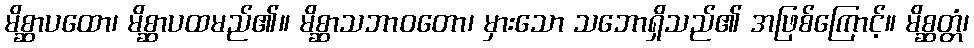
မိစ္ဆာပထော၊ မိစ္ဆာပထမည်၏။ မိစ္ဆာသဘာဝတော၊ မှားသော သဘောရှိသည်၏ အဖြစ်ကြောင့်။ မိစ္ဆတ္တံ၊